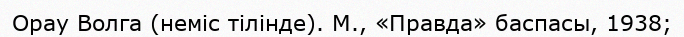
Орау Волга (неміс тілінде). М., «Правда» баспасы, 1938;